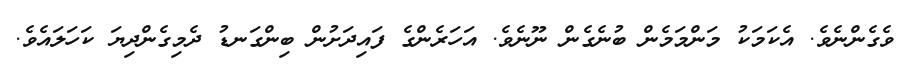
ވެގެންނެވެ. އެކަމަކު މަންމަމެން ބުނެގެން ނޫނެވެ. އަހަރެންގެ ފައިދަށުން ބިންގަނޑު ދެމިގެންދިޔަ ކަހަލައެވެ.